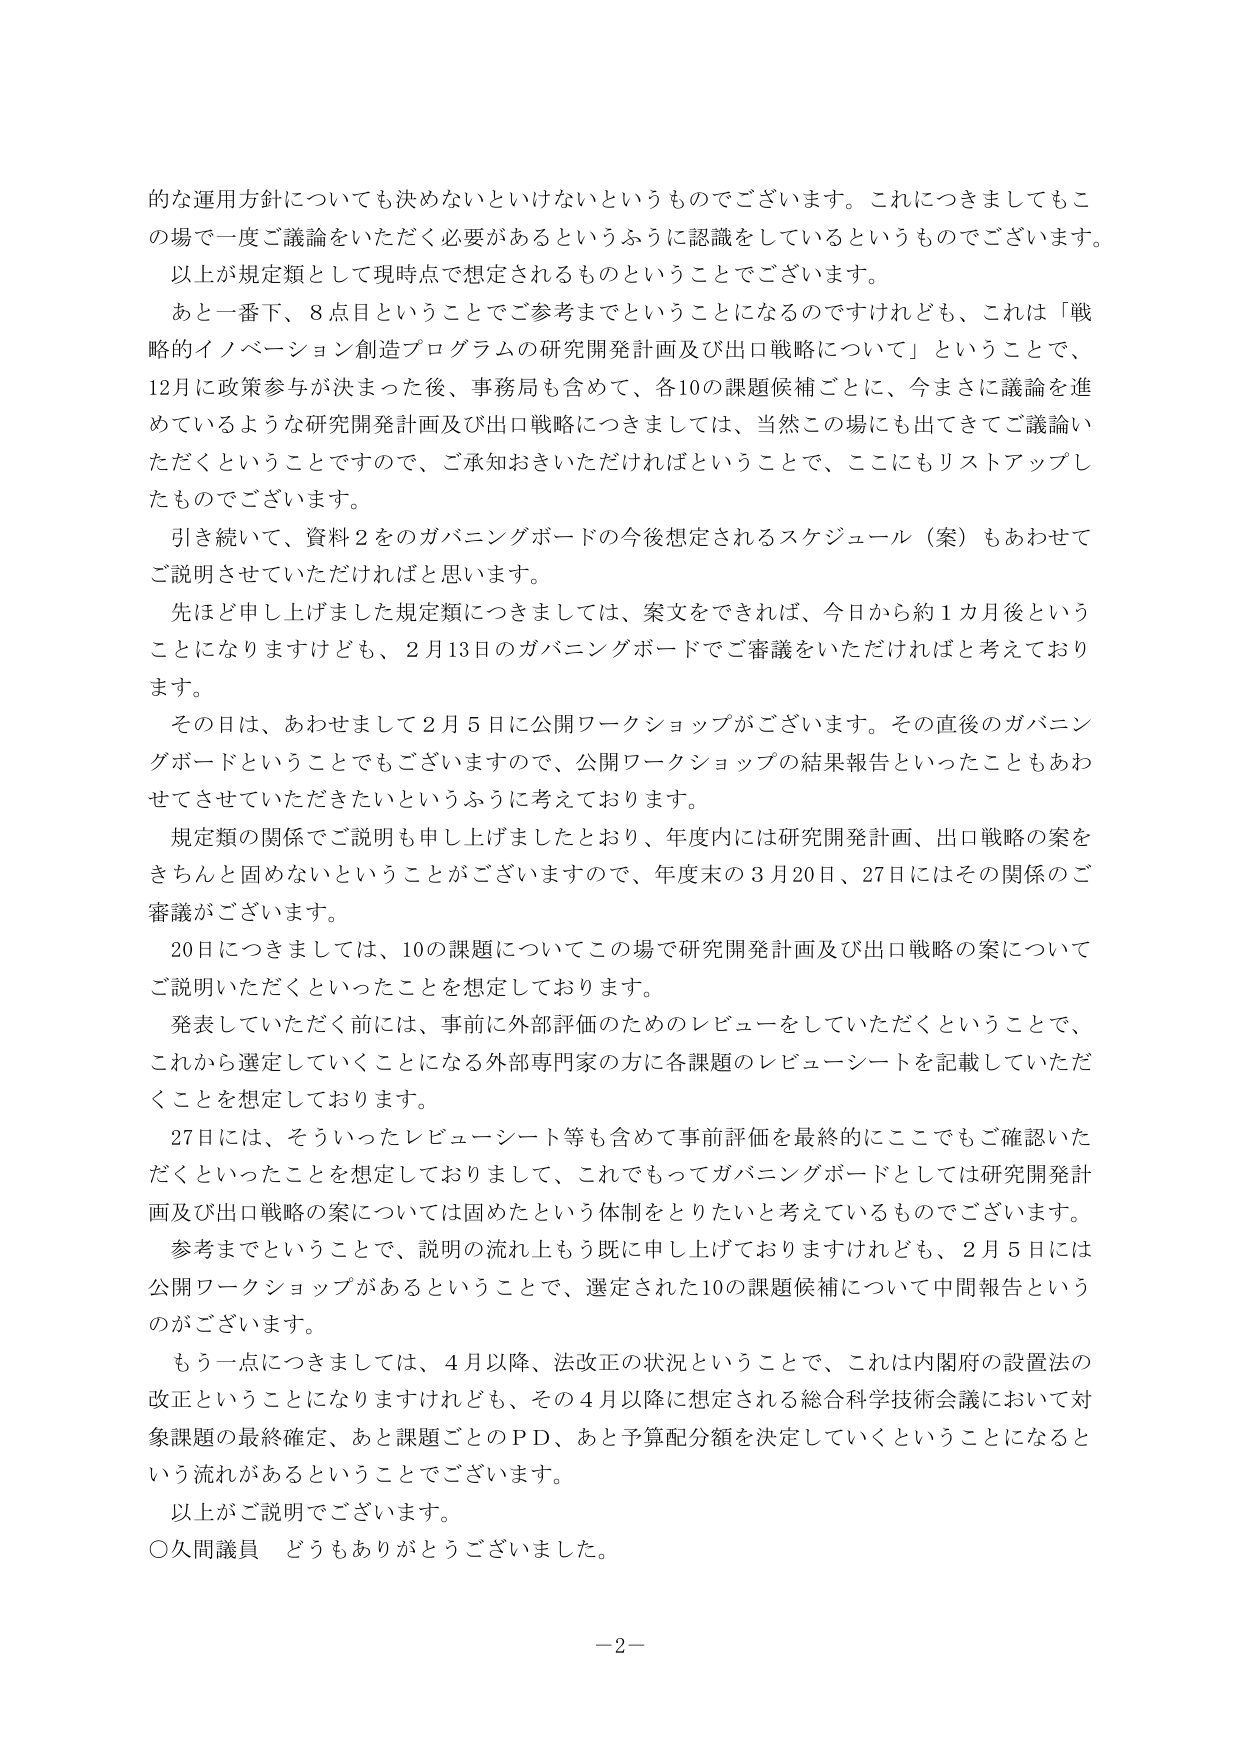
的な運用方針についても決めないといけないというものでございます。これにつきましてもこの場で一度ご議論をいただく必要があるというふうに認識をしているというものでございます。
以上が規定類として現時点で想定されるものということでございます。
あと一番下、8点目ということでご参考までということになるのですけれども、これは「戦略的イノベーション創造プログラムの研究開発計画及び出口戦略について」ということで、12月に政策参与が決まった後、事務局も含めて、各10の課題候補ごとに、今まさに議論を進めているような研究開発計画及び出口戦略につきましては、当然この場にも出てきてご議論いただくということですので、ご承知おきいただければということで、ここにもリストアップしたものでございます。
引き続いて、資料2をのガバニングボードの今後想定されるスケジュール（案）もあわせてご説明させていただければと思います。
先ほど申し上げました規定類につきましては、案文をできれば、今日から約1カ月後ということになりますけども、2月13日のガバニングボードでご審議をいただければと考えております。
その日は、あわせまして2月5日に公開ワークショップがございます。その直後のガバニングボードということでもございますので、公開ワークショップの結果報告といったこともあわせてさせていただきたいというふうに考えております。
規定類の関係でご説明も申し上げましたとおり、年度内には研究開発計画、出口戦略の案をきちんと固めないということがございますので、年度末の3月20日、27日にはその関係のご審議がございます。
20日につきましては、10の課題についてこの場で研究開発計画及び出口戦略の案についてご説明いただくといったことを想定しております。
発表していただく前には、事前に外部評価のためのレビューをしていただくということで、これから選定していくことになる外部専門家の方に各課題のレビューシートを記載していただくことを想定しております。
27日には、そういったレビューシート等も含めて事前評価を最終的にここでもご確認いただくといったことを想定しておりまして、これでもってガバニングボードとしては研究開発計画及び出口戦略の案については固めたという体制をとりたいと考えているものでございます。
参考までということで、説明の流れももう既に申し上げておりますけれども、2月5日には公開ワークショップがあるということで、選定された10の課題候補について中間報告というのがございます。
もう一点につきましては、4月以降、法改正の状況ということで、これは内閣府の設置法の改正ということになりますけれども、その4月以降に想定される総合科学技術会議において対象課題の最終確定、あと課題ごとのPD、あと予算配分額を決定していくということになるという流れがあるということでございます。
以上がご説明でございます。
○久間議員 どうもありがとうございました。
－2－